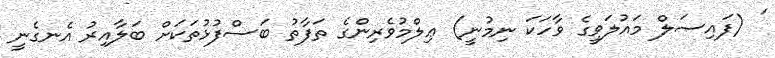
' (ފައިޞަލް މައުލަވީގެ ވާހަކަ ނިމުނީ) ޢިލްމުވެރިންގެ ތަފާތު ބަސްފުޅުތަކަށް ބަލާއިރު އެނގެނީ